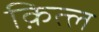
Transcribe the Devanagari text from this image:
क़ित्ल